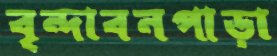
বৃন্দাবনপাড়া